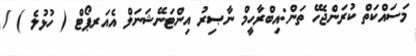
މަސައްކަތް ކުރަންޖެހޭ ތަން:އިބްރާހީމް ނާޞިރު އިންޓަނޭޝަނަލް އެއަރޕޯޓް ( ހުޅުލެ ) /